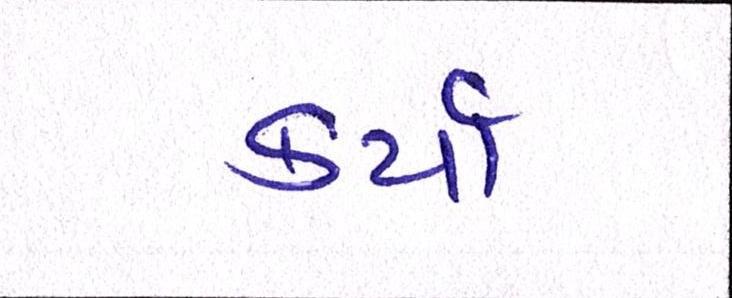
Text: કર્યાં